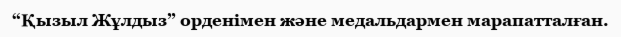
“Қызыл Жұлдыз” орденімен және медальдармен марапатталған.